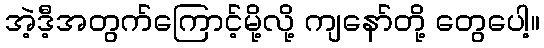
အဲ့ဒီ့အတွက်ကြောင့်မို့လို့ ကျနော်တို့ တွေပေါ့။